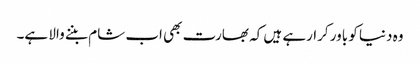
وہ دنیا کو باور کرارہے ہیں کہ بھارت بھی اب شام بننے والا ہے۔